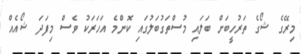
މިރޭގެ ޝޯގެ ތަރުހީބަށް ބަލައި މުސްތަގުބަލުގައި ކޮންމެ އަހަރަކު ވެސް މިފަދަ ޝޯއެއް